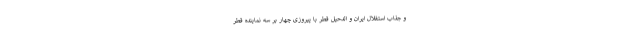
و جذاب استقلال ایران و الدحیل قطر با پیروزی چهار بر سه نماینده قطر